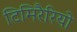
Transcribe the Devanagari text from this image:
टिमिरैरियो